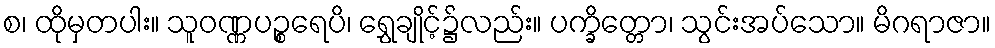
စ၊ ထိုမှတပါး။ သူဝဏ္ဏပဉ္စရေပိ၊ ရွှေချိုင့်၌လည်း။ ပက္ခိတ္တော၊ သွင်းအပ်သော။ မိဂရာဇာ။